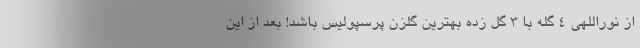
از نوراللهی 4 گله با 3 گل زده بهترین گلزن پرسپولیس باشد! بعد از این